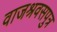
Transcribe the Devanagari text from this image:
वाजश्रवसपुत्र